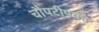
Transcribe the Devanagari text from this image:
चौपटीपर्यंत